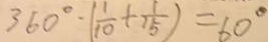
3 6 0 ^ { \circ } \cdot ( \frac { 1 } { 1 0 } + \frac { 1 } { 1 5 } ) = 6 0 ^ { \circ }